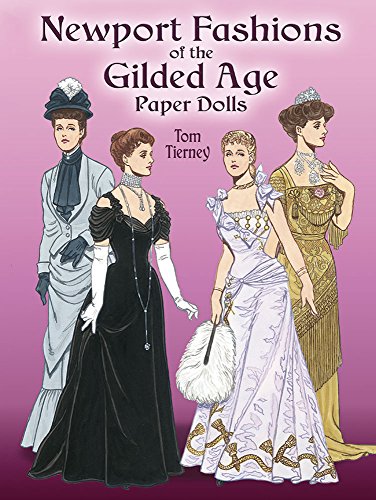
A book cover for Newport Fashions of the Gilded Age Paper Dolls (Dover Victorian Paper Dolls); Tom Tierney; Crafts, Hobbies & Home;